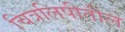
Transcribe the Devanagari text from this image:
चित्रलिपीतील